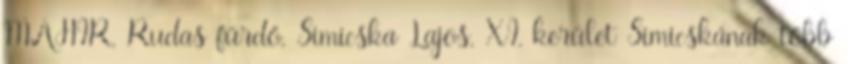
MAHIR, Rudas fürdő, Simicska Lajos, XI. kerület Simicskának több